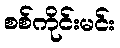
စစ်ကိုင်းမင်း